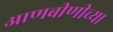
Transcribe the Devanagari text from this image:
आणबीणीच्या